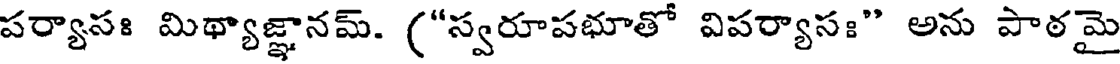
పర్యాసః మిథ్యాజ్ఞానమ్. ("స్వరూపభూతో విపర్యాసః" అను పాఠమై